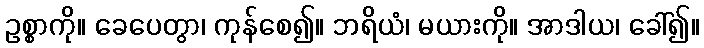
ဥစ္စာကို။ ခေပေတွာ၊ ကုန်စေ၍။ ဘရိယံ၊ မယားကို။ အာဒါယ၊ ခေါ်၍။